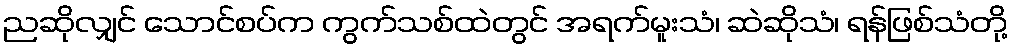
ညဆိုလျှင် သောင်စပ်က ကွက်သစ်ထဲတွင် အရက်မူးသံ၊ ဆဲဆိုသံ၊ ရန်ဖြစ်သံတို့